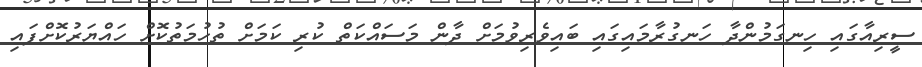
ސީރިއާގައި ހިނގަމުންދާ ހަނގުރާމައިގައި ބައިވެރިވުމަށް ދާން މަސައްކަތް ކުރި ކަމަށް ތުހުމަތުކޮށް ހައްޔަރުކޮށްފައި